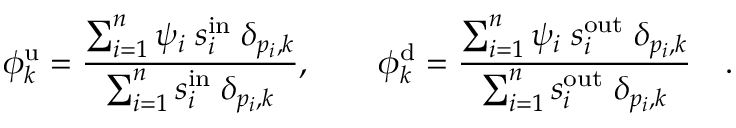
\phi _ { k } ^ { \mathrm { u } } = \frac { \sum _ { i = 1 } ^ { n } \psi _ { i } \; s _ { i } ^ { \mathrm { i n } } \; \delta _ { p _ { i } , k } } { \sum _ { i = 1 } ^ { n } s _ { i } ^ { \mathrm { i n } } \; \delta _ { p _ { i } , k } } , \qquad \phi _ { k } ^ { \mathrm { d } } = \frac { \sum _ { i = 1 } ^ { n } \psi _ { i } \; s _ { i } ^ { \mathrm { o u t } } \; \delta _ { p _ { i } , k } } { \sum _ { i = 1 } ^ { n } s _ { i } ^ { \mathrm { o u t } } \; \delta _ { p _ { i } , k } } \quad .